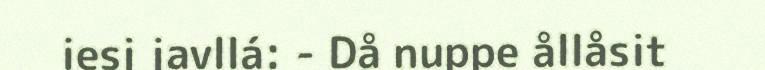
iesj javllá: - Då nuppe ållåsit